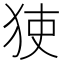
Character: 㹬